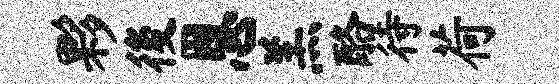
夥後恩羔酪待荷